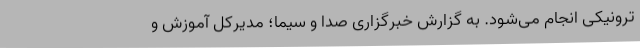
ترونیکی انجام می‌شود. به گزارش خبرگزاری صدا و سیما؛ مدیرکل آموزش و